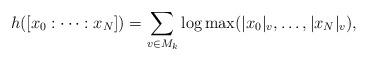
LaTeX: \begin{align*}h([x_0:\cdots :x_N]) = \sum_{v\in M_k} \log \max (|x_0|_v,\ldots,|x_N|_v),\end{align*}